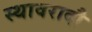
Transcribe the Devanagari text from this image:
स्थावरादौ